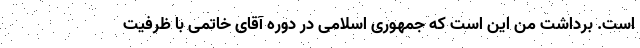
است. برداشت من این است که جمهوری اسلامی در دوره آقای خاتمی با ظرفیت